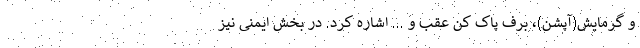
و گرمایش(آپشن)، برف پاک کن عقب و ... اشاره کرد. در بخش ایمنی نیز